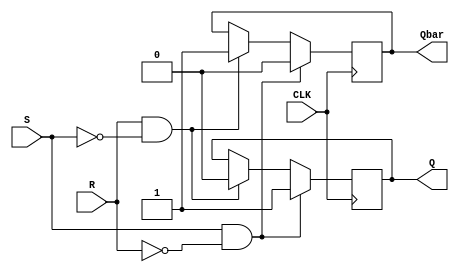
module GatedSRFlipFlop (
    input S,
    input R,
    input CLK,
    output reg Q,
    output reg Qbar
);

always @(posedge CLK) begin
    if (S && !R) begin
        Q <= 1;
        Qbar <= 0;
    end else if (R && !S) begin
        Q <= 0;
        Qbar <= 1;
    end else begin
        Q <= Q;
        Qbar <= Qbar;
    end
end

endmodule